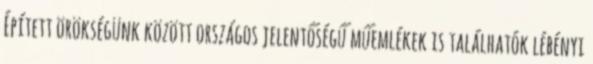
Épített örökségünk között országos jelentőségű műemlékek is találhatók lébényi